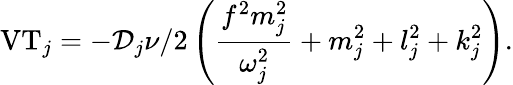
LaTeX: \textnormal{VT}_{j}=-\mathcal{D}_{j}{\nu}/{2}\left(\frac{f^{2}m_{j}^{2}}{\omega_{j}^{2}}+m_{j}^{2}+l_{j}^{2}+k_{j}^{2}\right).